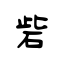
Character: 砦